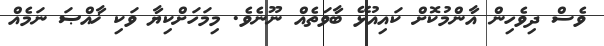
ވެސް ދިވެހިން އާންމުކޮށް ކައިއުޅޭ ބާވަތެއް ނޫނެވެ. މިމަހަށްކިޔާ ވަކި ޚާއްޞަ ނަމެއް